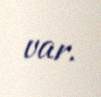
var.